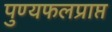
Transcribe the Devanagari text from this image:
पुण्यफलप्राप्त